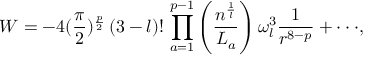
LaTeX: W = - 4 ( \frac { \pi } { 2 } ) ^ { \frac { p } { 2 } } \, ( 3 - l ) ! \, \prod _ { a = 1 } ^ { p - 1 } \left( \frac { n ^ { \frac { 1 } { l } } } { L _ { a } } \right) \omega _ { l } ^ { 3 } \frac 1 { r ^ { 8 - p } } + \cdot \cdot \cdot ,